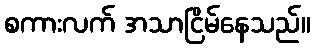
စကားလက် အသာငြိမ်နေသည်။